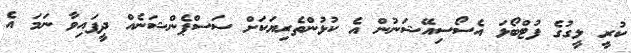
ކުރީ ލީގުގެ ފުޓްބޯޅަ އެސޯސިއޭޝަނުން އެ ކުޅުންތެރިޔަކަށް ސަސްޕެންޝަނެއް ދީފައިވާ ނަމަ އެ